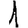
Digit: 1